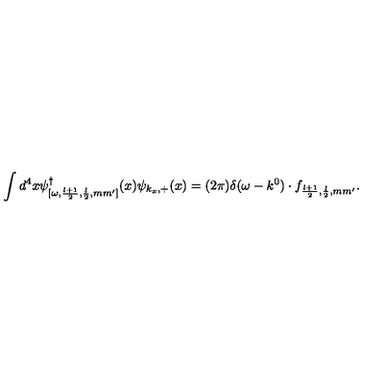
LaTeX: \int d ^ { 4 } x \psi _ { [ \omega , \frac { l + 1 } { 2 } , \frac { l } { 2 } , m m ^ { \prime } ] } ^ { \dagger } ( x ) \psi _ { k _ { x } , + } ( x ) = ( 2 \pi ) \delta ( \omega - k ^ { 0 } ) \cdot f _ { \frac { l + 1 } { 2 } , \frac { l } { 2 } , m m ^ { \prime } } .